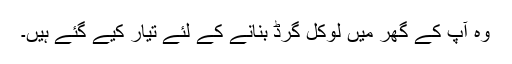
وہ آپ کے گھر میں لوکل گرڈ بنانے کے لئے تیار کیے گئے ہیں۔